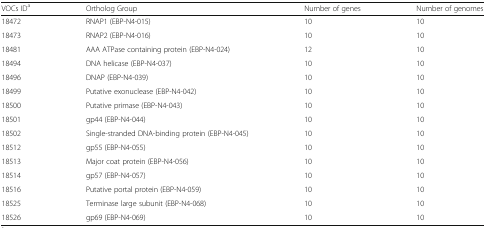
<table><thead><tr><td><b>VOCs ID<sup>a</sup></b></td><td><b>Ortholog Group</b></td><td><b>Number of genes</b></td><td><b>Number of genomes</b></td></tr></thead><tbody><tr><td>18472</td><td>RNAP1 (EBP-N4-015)</td><td>10</td><td>10</td></tr><tr><td>18473</td><td>RNAP2 (EBP-N4-016)</td><td>10</td><td>10</td></tr><tr><td>18481</td><td>AAA ATPase containing protein (EBP-N4-024)</td><td>12</td><td>10</td></tr><tr><td>18494</td><td>DNA helicase (EBP-N4-037)</td><td>10</td><td>10</td></tr><tr><td>18496</td><td>DNAP (EBP-N4-039)</td><td>10</td><td>10</td></tr><tr><td>18499</td><td>Putative exonuclease (EBP-N4-042)</td><td>10</td><td>10</td></tr><tr><td>18500</td><td>Putative primase (EBP-N4-043)</td><td>10</td><td>10</td></tr><tr><td>18501</td><td>gp44 (EBP-N4-044)</td><td>10</td><td>10</td></tr><tr><td>18502</td><td>Single-stranded DNA-binding protein (EBP-N4-045)</td><td>10</td><td>10</td></tr><tr><td>18512</td><td>gp55 (EBP-N4-055)</td><td>10</td><td>10</td></tr><tr><td>18513</td><td>Major coat protein (EBP-N4-056)</td><td>10</td><td>10</td></tr><tr><td>18514</td><td>gp57 (EBP-N4-057)</td><td>10</td><td>10</td></tr><tr><td>18516</td><td>Putative portal protein (EBP-N4-059)</td><td>10</td><td>10</td></tr><tr><td>18525</td><td>Terminase large subunit (EBP-N4-068)</td><td>10</td><td>10</td></tr><tr><td>18526</td><td>gp69 (EBP-N4-069)</td><td>10</td><td>10</td></tr></tbody></table>